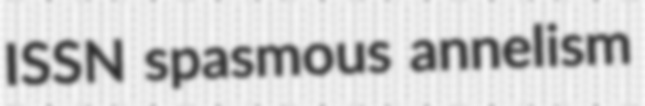
ISSN spasmous annelism